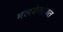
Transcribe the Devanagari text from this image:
मलयेसोबत